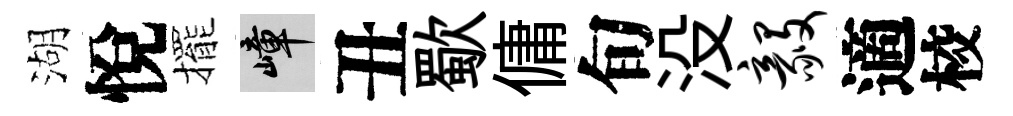
湖悅擺嶂丑歜傭旬没毅適校